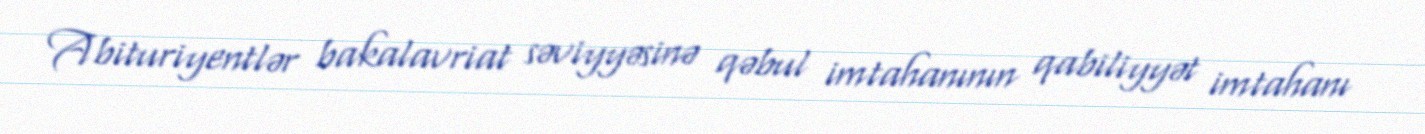
Abituriyentlər bakalavriat səviyyəsinə qəbul imtahanının qabiliyyət imtahanı